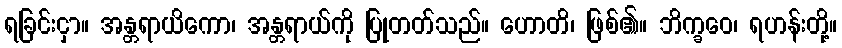
ရခြင်းငှာ။ အန္တရာယိကော၊ အန္တရာယ်ကို ပြုတတ်သည်။ ဟောတိ၊ ဖြစ်၏။ ဘိက္ခဝေ၊ ရဟန်းတို့။